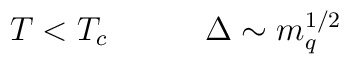
T< T_c~~~~~~~~~\Delta \sim m_q^{1/2}